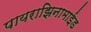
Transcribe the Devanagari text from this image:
पायराझिनामाईड